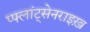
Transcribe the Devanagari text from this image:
प्फ्लांट्सेनराइख़